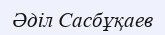
Әділ Сасбұқаев